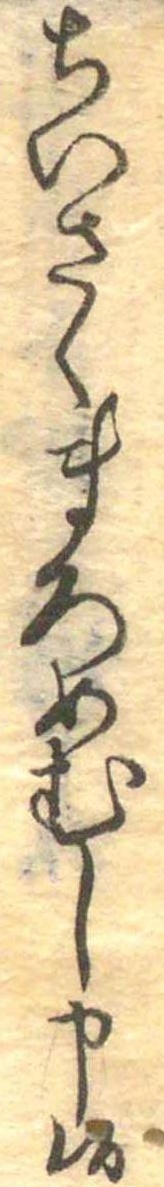
ちいさくまろめむし申候